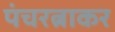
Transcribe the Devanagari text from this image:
पंचरत्नाकर